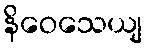
နိဝေသေယျ